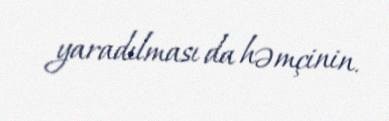
yaradılması da həmçinin.